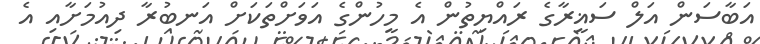
އަބާސަން އަލް ސަޣީރާގެ ރައްޔިތުން އެ މީހުންގެ އަވަށްތަކަށް އަނބުރާ ދިއުމަށާއި އެ